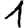
Digit: 1